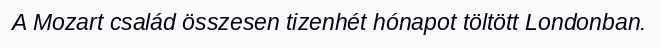
A Mozart család összesen tizenhét hónapot töltött Londonban.